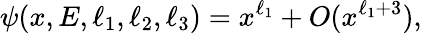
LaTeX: \psi(x,E,\ell_{1},\ell_{2},\ell_{3})=x^{\ell_{1}}+O(x^{\ell_{1}+3}),